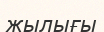
жылығы